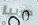
صربيا